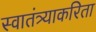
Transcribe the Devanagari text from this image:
स्वातंत्र्याकरिता